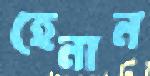
হেনান